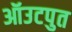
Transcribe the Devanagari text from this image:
ऑउटपुत